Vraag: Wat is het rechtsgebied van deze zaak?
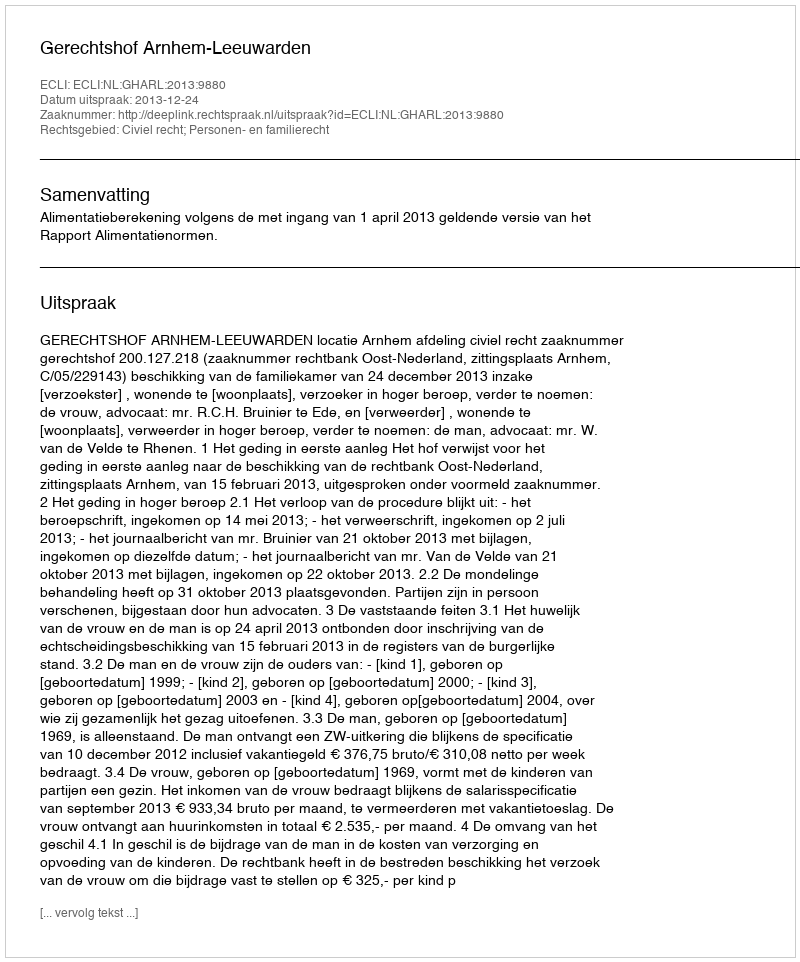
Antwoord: Civiel recht; Personen- en familierecht